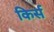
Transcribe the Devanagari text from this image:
किर्स